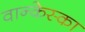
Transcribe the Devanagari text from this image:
वान्केस्का